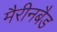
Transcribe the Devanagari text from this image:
मैरीनबैड